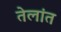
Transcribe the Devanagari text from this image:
तेलांत